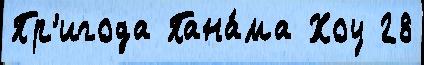
Пр'игода Пана́ма Хоу 28